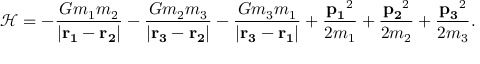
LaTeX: { \mathcal { H } } = - { \frac { G m _ { 1 } m _ { 2 } } { | \mathbf { r _ { 1 } } - \mathbf { r _ { 2 } } | } } - { \frac { G m _ { 2 } m _ { 3 } } { | \mathbf { r _ { 3 } } - \mathbf { r _ { 2 } } | } } - { \frac { G m _ { 3 } m _ { 1 } } { | \mathbf { r _ { 3 } } - \mathbf { r _ { 1 } } | } } + { \frac { \mathbf { p _ { 1 } } ^ { 2 } } { 2 m _ { 1 } } } + { \frac { \mathbf { p _ { 2 } } ^ { 2 } } { 2 m _ { 2 } } } + { \frac { \mathbf { p _ { 3 } } ^ { 2 } } { 2 m _ { 3 } } } .